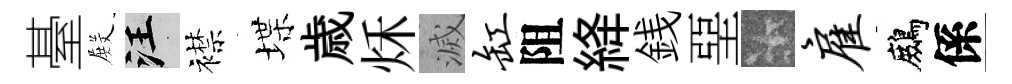
䑓𭮺汪襟堞歳秌滅缸阻絳銭堊卡雇鷓係